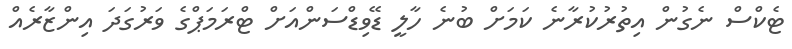
ޓެކްސް ނެގުން އިތުރުކުރާނެ ކަމަށް ބުނެ ހާލީ ޑޭވިޑްސަންއަށް ޓްރަމަޕްގެ ވަރުގަދަ އިންޒާރެއް